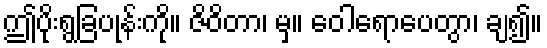
ဤပိုးရွခြပုန်းကို။ ဇိဝိတာ၊ မှ။ ဝေါရောပေတွာ၊ ချ၍။